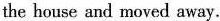
the house and moved away.